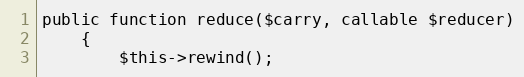
Language: PHP
public function reduce($carry, callable $reducer)
    {
        $this->rewind();